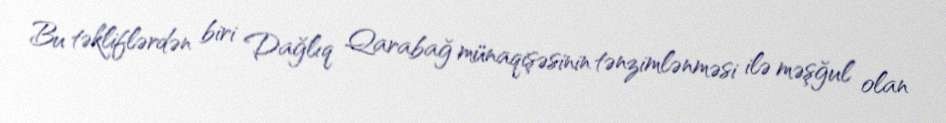
Bu təkliflərdən biri Dağlıq Qarabağ münaqişəsinin tənzimlənməsi ilə məşğul olan